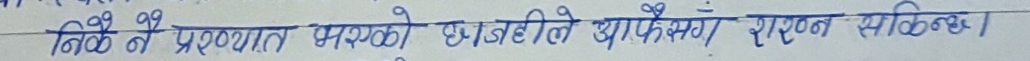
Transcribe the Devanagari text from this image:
तिनै प्रश्नको छानबिनले अपेक्षित स्पष्टीकरण